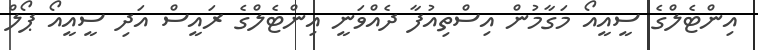
އިންޓެލްގެ ސީއީއޯ މަގާމުން އިސްތިއުފާ ދެއްވަނީ އިންޓެލްގެ ރައީސް އަދި ސީއީއޯ ޕޯލް